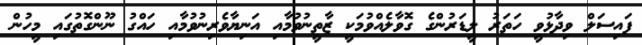
ފައިސަލް ވިދާޅުވީ ހަތަރު ލީޑަރުންގެ ގޮވާލެއްވުމަކީ ޒާތީނުވުމާއި އަނިޔާވެރިނުވުމާއި ހައްގު ނޫންގޮތުގައި މީހުން